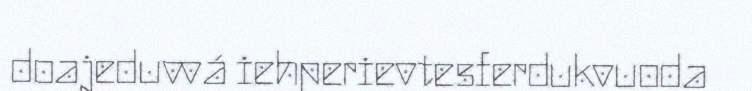
doajeduvvá iehperievtesferdukvuoda